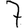
Digit: 7